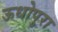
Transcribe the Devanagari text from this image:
ऊधोपुरा